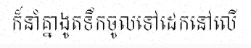
ក៏នាំគ្នាងូតទឹកចូលទៅដេកនៅលើ